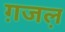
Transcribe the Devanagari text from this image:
ग़जल़